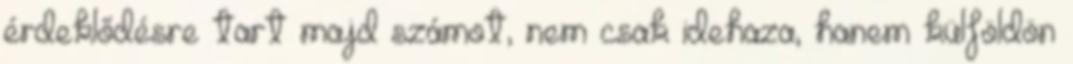
érdeklődésre tart majd számot, nem csak idehaza, hanem külföldön